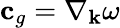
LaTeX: \mathbf{c}_{g}=\nabla_{\mathbf{k}}\omega